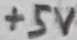
Text: +5V